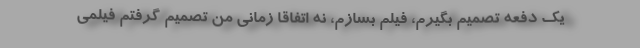
یک دفعه تصمیم بگیرم، فیلم بسازم، نه اتفاقا زمانی من تصمیم گرفتم فیلمی